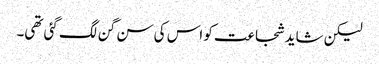
لیکن شاید شجاعت کو اس کی سن گن لگ گئی تھی۔